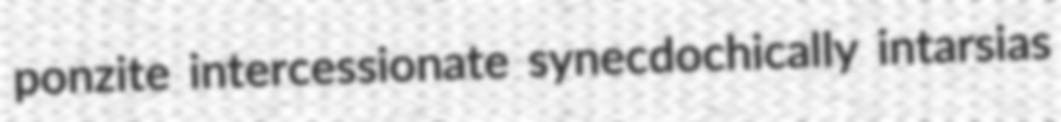
ponzite intercessionate synecdochically intarsias